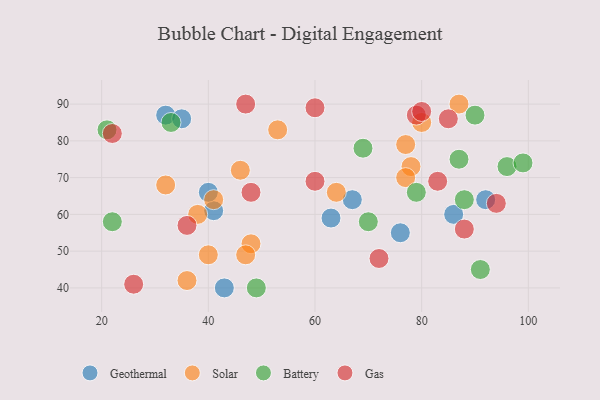
{"axis": {"x": "GDP", "y": "Life Expectancy"}, "legend": ["Battery", "Gas", "Geothermal", "Solar"], "data": [{"x": "67", "y": 64, "type": "Geothermal"}, {"x": "41", "y": 61, "type": "Geothermal"}, {"x": "32", "y": 87, "type": "Geothermal"}, {"x": "40", "y": 66, "type": "Geothermal"}, {"x": "43", "y": 40, "type": "Geothermal"}, {"x": "35", "y": 86, "type": "Geothermal"}, {"x": "76", "y": 55, "type": "Geothermal"}, {"x": "92", "y": 64, "type": "Geothermal"}, {"x": "86", "y": 60, "type": "Geothermal"}, {"x": "63", "y": 59, "type": "Geothermal"}, {"x": "48", "y": 52, "type": "Solar"}, {"x": "80", "y": 85, "type": "Solar"}, {"x": "53", "y": 83, "type": "Solar"}, {"x": "32", "y": 68, "type": "Solar"}, {"x": "78", "y": 73, "type": "Solar"}, {"x": "36", "y": 42, "type": "Solar"}, {"x": "77", "y": 70, "type": "Solar"}, {"x": "46", "y": 72, "type": "Solar"}, {"x": "77", "y": 79, "type": "Solar"}, {"x": "87", "y": 90, "type": "Solar"}, {"x": "38", "y": 60, "type": "Solar"}, {"x": "64", "y": 66, "type": "Solar"}, {"x": "41", "y": 64, "type": "Solar"}, {"x": "40", "y": 49, "type": "Solar"}, {"x": "47", "y": 49, "type": "Solar"}, {"x": "91", "y": 45, "type": "Battery"}, {"x": "70", "y": 58, "type": "Battery"}, {"x": "87", "y": 75, "type": "Battery"}, {"x": "21", "y": 83, "type": "Battery"}, {"x": "90", "y": 87, "type": "Battery"}, {"x": "22", "y": 58, "type": "Battery"}, {"x": "69", "y": 78, "type": "Battery"}, {"x": "79", "y": 66, "type": "Battery"}, {"x": "33", "y": 85, "type": "Battery"}, {"x": "88", "y": 64, "type": "Battery"}, {"x": "49", "y": 40, "type": "Battery"}, {"x": "96", "y": 73, "type": "Battery"}, {"x": "99", "y": 74, "type": "Battery"}, {"x": "47", "y": 90, "type": "Gas"}, {"x": "79", "y": 87, "type": "Gas"}, {"x": "94", "y": 63, "type": "Gas"}, {"x": "26", "y": 41, "type": "Gas"}, {"x": "85", "y": 86, "type": "Gas"}, {"x": "88", "y": 56, "type": "Gas"}, {"x": "80", "y": 88, "type": "Gas"}, {"x": "36", "y": 57, "type": "Gas"}, {"x": "60", "y": 89, "type": "Gas"}, {"x": "83", "y": 69, "type": "Gas"}, {"x": "48", "y": 66, "type": "Gas"}, {"x": "60", "y": 69, "type": "Gas"}, {"x": "72", "y": 48, "type": "Gas"}, {"x": "22", "y": 82, "type": "Gas"}]}